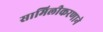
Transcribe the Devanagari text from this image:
सामिलीकरणाने